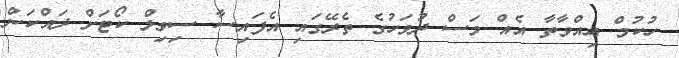
ހުކުމް އިއްވާތާ އެއް މަސް ދުވަހުގެ ތެރޭގައި އެފައިސާ ސިވިލް ކޯޓަށް ދައްކަން